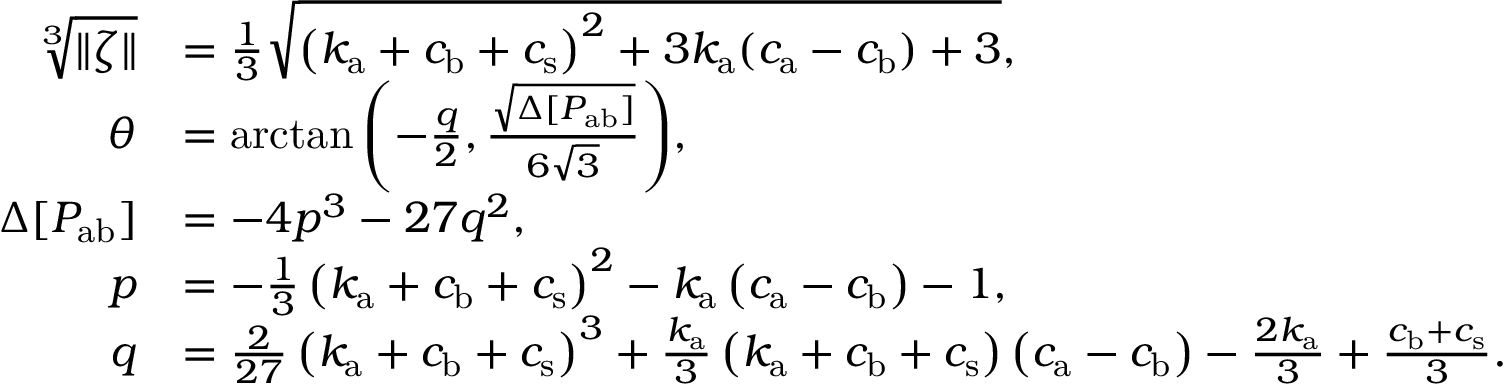
\begin{array} { r l } { \sqrt [ 3 ] { \| \zeta \| } } & { = \frac { 1 } { 3 } \sqrt { \left( k _ { \mathrm { a } } + c _ { \mathrm { b } } + c _ { \mathrm { s } } \right) ^ { 2 } + 3 k _ { \mathrm { a } } ( c _ { \mathrm { a } } - c _ { \mathrm { b } } ) + 3 } , } \\ { \theta } & { = \arctan { \left( - \frac { q } { 2 } , \frac { \sqrt { \Delta [ P _ { \mathrm { a b } } ] } } { 6 \sqrt { 3 } } \right) } , } \\ { \Delta [ P _ { \mathrm { a b } } ] } & { = - 4 p ^ { 3 } - 2 7 q ^ { 2 } , } \\ { p } & { = - \frac { 1 } { 3 } \left( k _ { \mathrm { a } } + c _ { \mathrm { b } } + c _ { \mathrm { s } } \right) ^ { 2 } - k _ { \mathrm { a } } \left( c _ { \mathrm { a } } - c _ { \mathrm { b } } \right) - 1 , } \\ { q } & { = \frac { 2 } { 2 7 } \left( k _ { \mathrm { a } } + c _ { \mathrm { b } } + c _ { \mathrm { s } } \right) ^ { 3 } + \frac { k _ { \mathrm { a } } } { 3 } \left( k _ { \mathrm { a } } + c _ { \mathrm { b } } + c _ { \mathrm { s } } \right) \left( c _ { \mathrm { a } } - c _ { \mathrm { b } } \right) - \frac { 2 k _ { \mathrm { a } } } { 3 } + \frac { c _ { \mathrm { b } } + c _ { \mathrm { s } } } { 3 } . } \end{array}